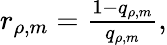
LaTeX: \begin{array}{r}{r_{\rho,m}=\frac{1-q_{\rho,m}}{q_{\rho,m}},}\end{array}